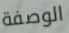
الوصفة